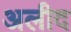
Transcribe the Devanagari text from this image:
अलीद